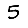
Digit: 5